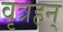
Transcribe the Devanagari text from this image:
वृत्रहन्